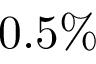
0 . 5 \%